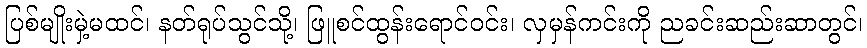
ပြစ်မျိုးမှဲ့မထင်၊ နတ်ရုပ်သွင်သို့၊ ဖြူစင်ထွန်းရောင်ဝင်း၊ လှမှန်ကင်းကို ညခင်းဆည်းဆာတွင်၊